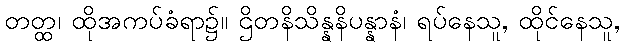
တတ္ထ၊ ထိုအကပ်ခံရာ၌။ ဌိတနိသိန္နနိပန္နာနံ၊ ရပ်နေသူ, ထိုင်နေသူ,